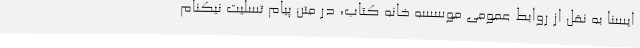
ایسنا به نقل از روابط عمومی موسسه خانه کتاب، در متن پیام تسلیت نیکنام